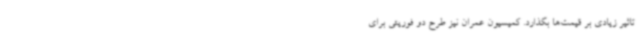
تاثیر زیادی بر قیمت‌ها بگذارد. کمیسیون عمران نیز طرح دو فوریتی برای